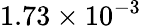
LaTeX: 1.73\times 10^{-3}